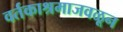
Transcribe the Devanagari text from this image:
वर्तकाश्रमाजवळून